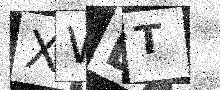
Text: XWET